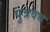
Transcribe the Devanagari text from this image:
पुत्रवध